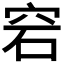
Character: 𥥔